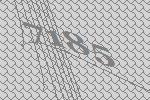
7185